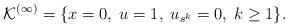
LaTeX: \begin{align*}\mathcal{K}^{(\infty)} = \{x=0,\; u=1,\; u_{s^k}=0,\; k\geq 1\}.\end{align*}